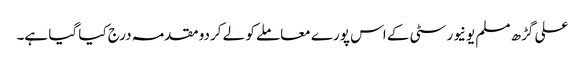
علی گڑھ مسلم یونیورسٹی کے اس پورے معاملے کو لے کردو مقدمہ درج کیا گیا ہے۔